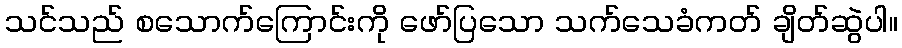
သင်သည် စသောက်ကြောင်းကို ဖော်ပြသော သက်သေခံကတ် ချိတ်ဆွဲပါ။